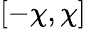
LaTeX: [-\chi,\chi]